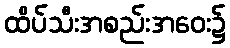
ထိပ်သီးအစည်းအဝေး၌